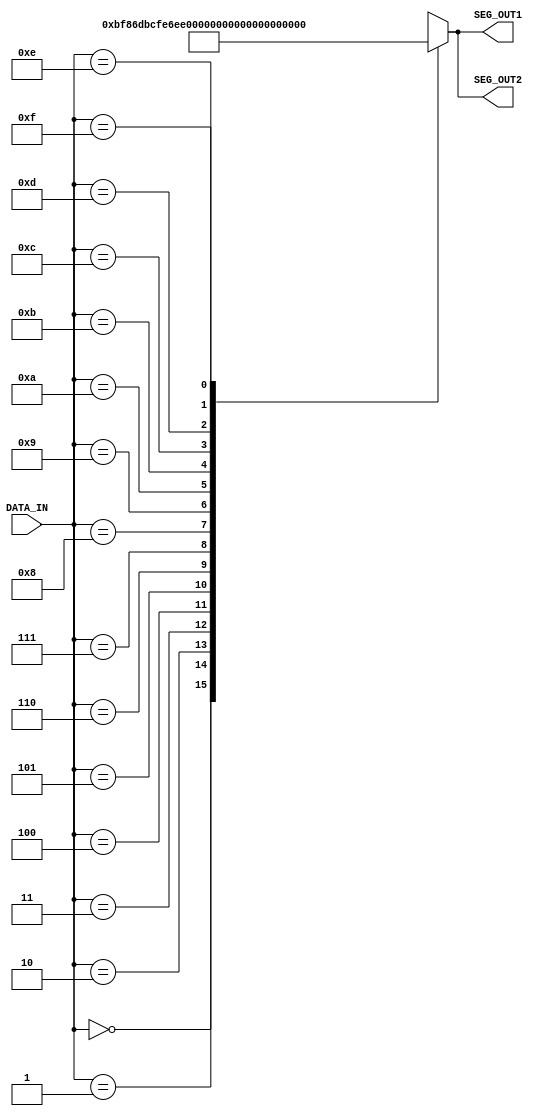
`timescale 1ns / 1ps

module decode(DATA_IN, SEG_OUT1, SEG_OUT2);
    input [3:0] DATA_IN;                // used to show which digit to display
    output [7:0] SEG_OUT1, SEG_OUT2;    // store the pattern of the digit to be displayed

    wire [7:0] number [15:0];           // number[i] = byte that displays i

    assign number[0] = 8'b10111111;
    assign number[1] = 8'b10000110;
    assign number[2] = 8'b11011011;
    assign number[3] = 8'b11001111;
    assign number[4] = 8'b11100110;
    assign number[5] = 8'b11101101;
    assign number[6] = 8'b11111101;
    assign number[7] = 8'b10100111;
    assign number[8] = 8'b11111111;
    assign number[9] = 8'b11101111;
    assign number[10] = 8'b11110111;
    assign number[11] = 8'b11111100;
    assign number[12] = 8'b11011000;
    assign number[13] = 8'b11011110;
    assign number[14] = 8'b11111001;
    assign number[15] = 8'b11110001;
    
    assign SEG_OUT1 = number[DATA_IN];
    assign SEG_OUT2 = number[DATA_IN];
endmodule